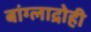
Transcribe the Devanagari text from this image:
बांग्लाद्रोही